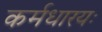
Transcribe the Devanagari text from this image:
कर्मधारयः